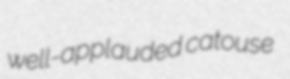
well-applauded catouse